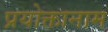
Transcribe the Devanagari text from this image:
प्रयोक्तानाम